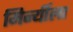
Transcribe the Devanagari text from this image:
मिर्न्यीला